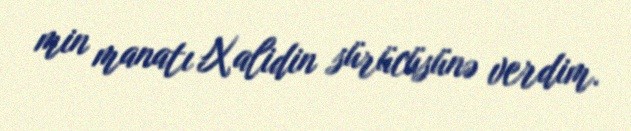
min manatı Xalidin sürücüsünə verdim.